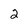
Character: 2